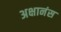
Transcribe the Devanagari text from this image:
अक्षानंस